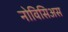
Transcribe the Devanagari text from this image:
नोविसिअस